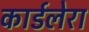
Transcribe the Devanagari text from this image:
कार्डलेरा